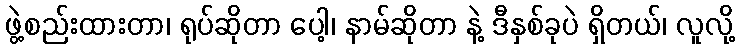
ဖွဲ့စည်းထားတာ၊ ရုပ်ဆိုတာ ပေါ့၊ နာမ်ဆိုတာ နဲ့ ဒီနှစ်ခုပဲ ရှိတယ်၊ လူလို့